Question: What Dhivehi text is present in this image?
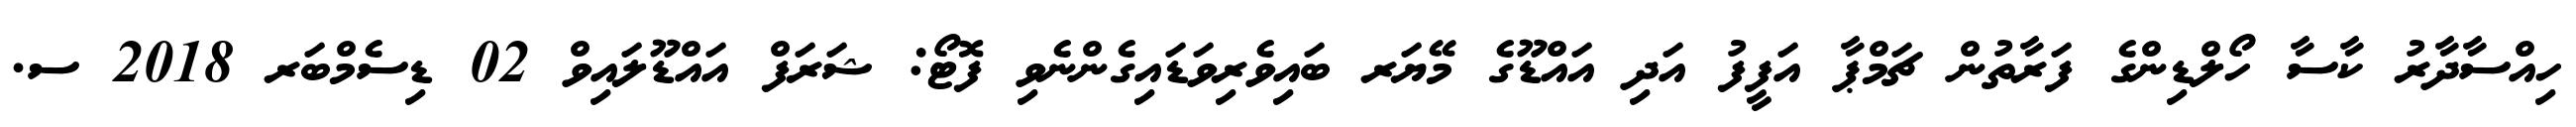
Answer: ހިއްސާދާރު ކާސާ ހޯލްޑިންގެ ފަރާތުން ޗަމްޕާ އަފީފު އަދި އައްޑޫގެ މޭޔަރ ބައިވެރިވަޑައިގެންނެވި ފޮޓޯ: ޝަރަފް އައްޑޫލައިވް 02 ޑިސެމްބަރ 2018 ސ.